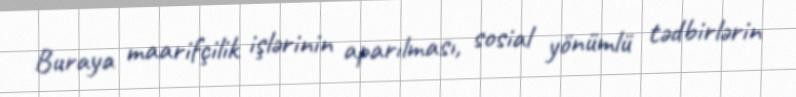
Buraya maarifçilik işlərinin aparılması, sosial yönümlü tədbirlərin